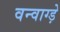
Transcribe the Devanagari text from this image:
वन्वाग्ड़े